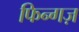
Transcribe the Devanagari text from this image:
फिन्गज़